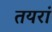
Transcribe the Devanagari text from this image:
तयरां